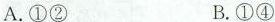
A.①② B.①④